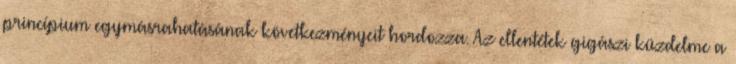
princípium egymásrahatásának következményeit hordozza. Az ellentétek gigászi küzdelme a